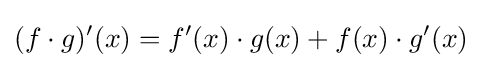
(f\cdot g)'(x)=f'(x)\cdot g(x)+f(x)\cdot g'(x)